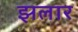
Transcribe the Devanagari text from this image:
झलार